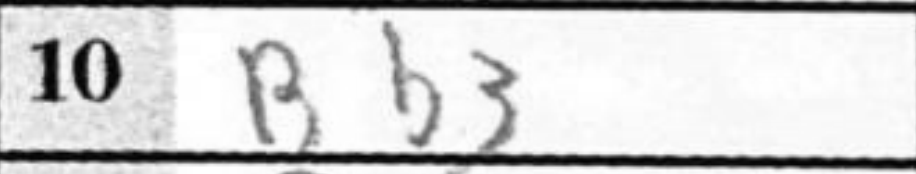
Transcription: Bb3